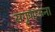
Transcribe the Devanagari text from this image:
सगुणाऊंना